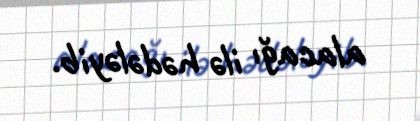
alacağı ilə hədələyib.